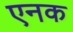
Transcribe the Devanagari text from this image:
एनक